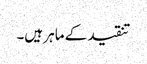
تنقید کے ماہر ہیں۔